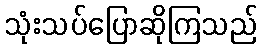
သုံးသပ်ပြောဆိုကြသည်